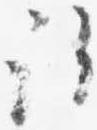
許